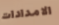
الامدادات